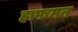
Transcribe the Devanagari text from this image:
हाफमन